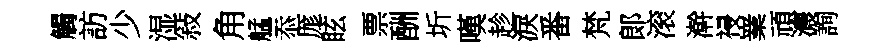
觸訪少湿敍角艋忝厖眩票酬圻嘆趁淚番梵郞滚澣祲嶪頑濃詢